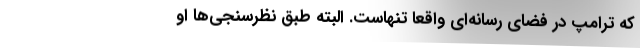
که ترامپ در فضای رسانه‌ای واقعاً تنهاست. البته طبق نظرسنجی‌ها او